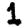
Digit: 1